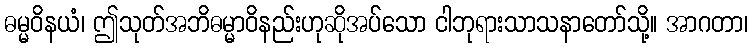
ဓမ္မဝိနယံ၊ ဤသုတ်အဘိဓမ္မာဝိနည်းဟုဆိုအပ်သော ငါဘုရားသာသနာတော်သို့။ အာဂတာ၊